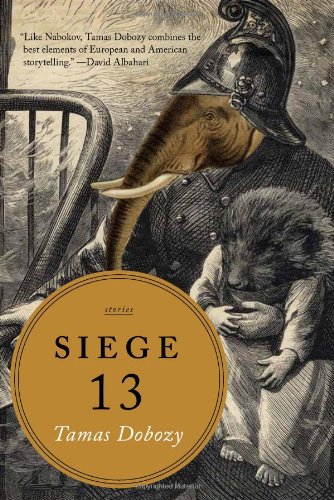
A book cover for Siege 13: Stories; Tamas Dobozy; Literature & Fiction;